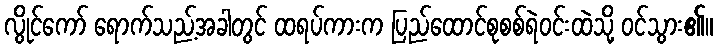
လွိုင်ကော် ရောက်သည့်အခါတွင် ထရပ်ကားက ပြည်ထောင်စုစစ်ရဲဝင်းထဲသို့ ဝင်သွား၏။